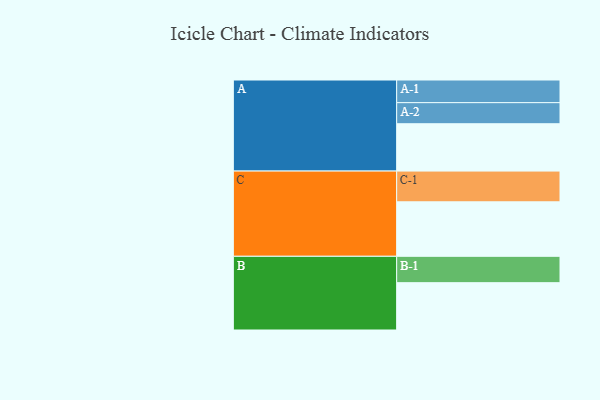
{"axis": {"x": "Segment", "y": "Value"}, "legend": ["", "A", "B", "C"], "data": [{"x": "A", "y": 357, "type": ""}, {"x": "B", "y": 357, "type": ""}, {"x": "C", "y": 411, "type": ""}, {"x": "A-1", "y": 171, "type": "A"}, {"x": "A-2", "y": 159, "type": "A"}, {"x": "B-1", "y": 199, "type": "B"}, {"x": "C-1", "y": 232, "type": "C"}]}